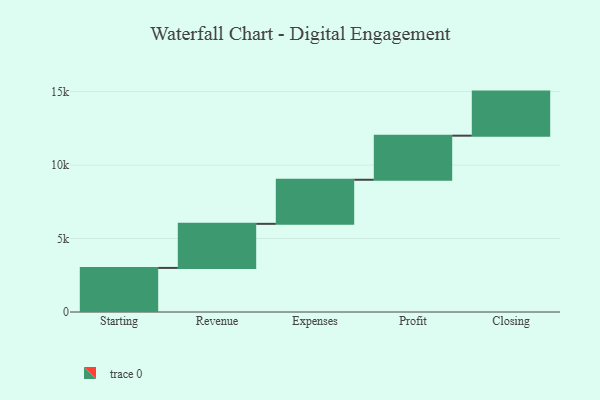
{"axis": {"x": "Step", "y": "Value"}, "legend": [""], "data": [{"x": "Starting", "y": 3000, "type": ""}, {"x": "Revenue", "y": 3000, "type": ""}, {"x": "Expenses", "y": 3000, "type": ""}, {"x": "Profit", "y": 3000, "type": ""}, {"x": "Closing", "y": 3000, "type": ""}]}